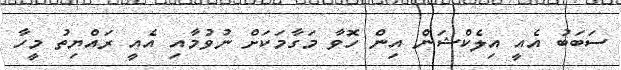
ސަބަބު އެއީ އިލެކްޝަން އިން ހޮވާ މަގާމަކަށް ނުވުމާއި އެއީ ރައްޔިތު މީހާ